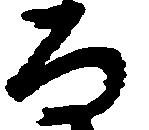
な